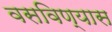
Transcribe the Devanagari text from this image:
वसविण्यास